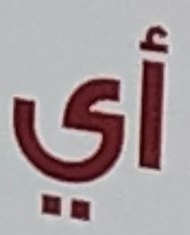
أي